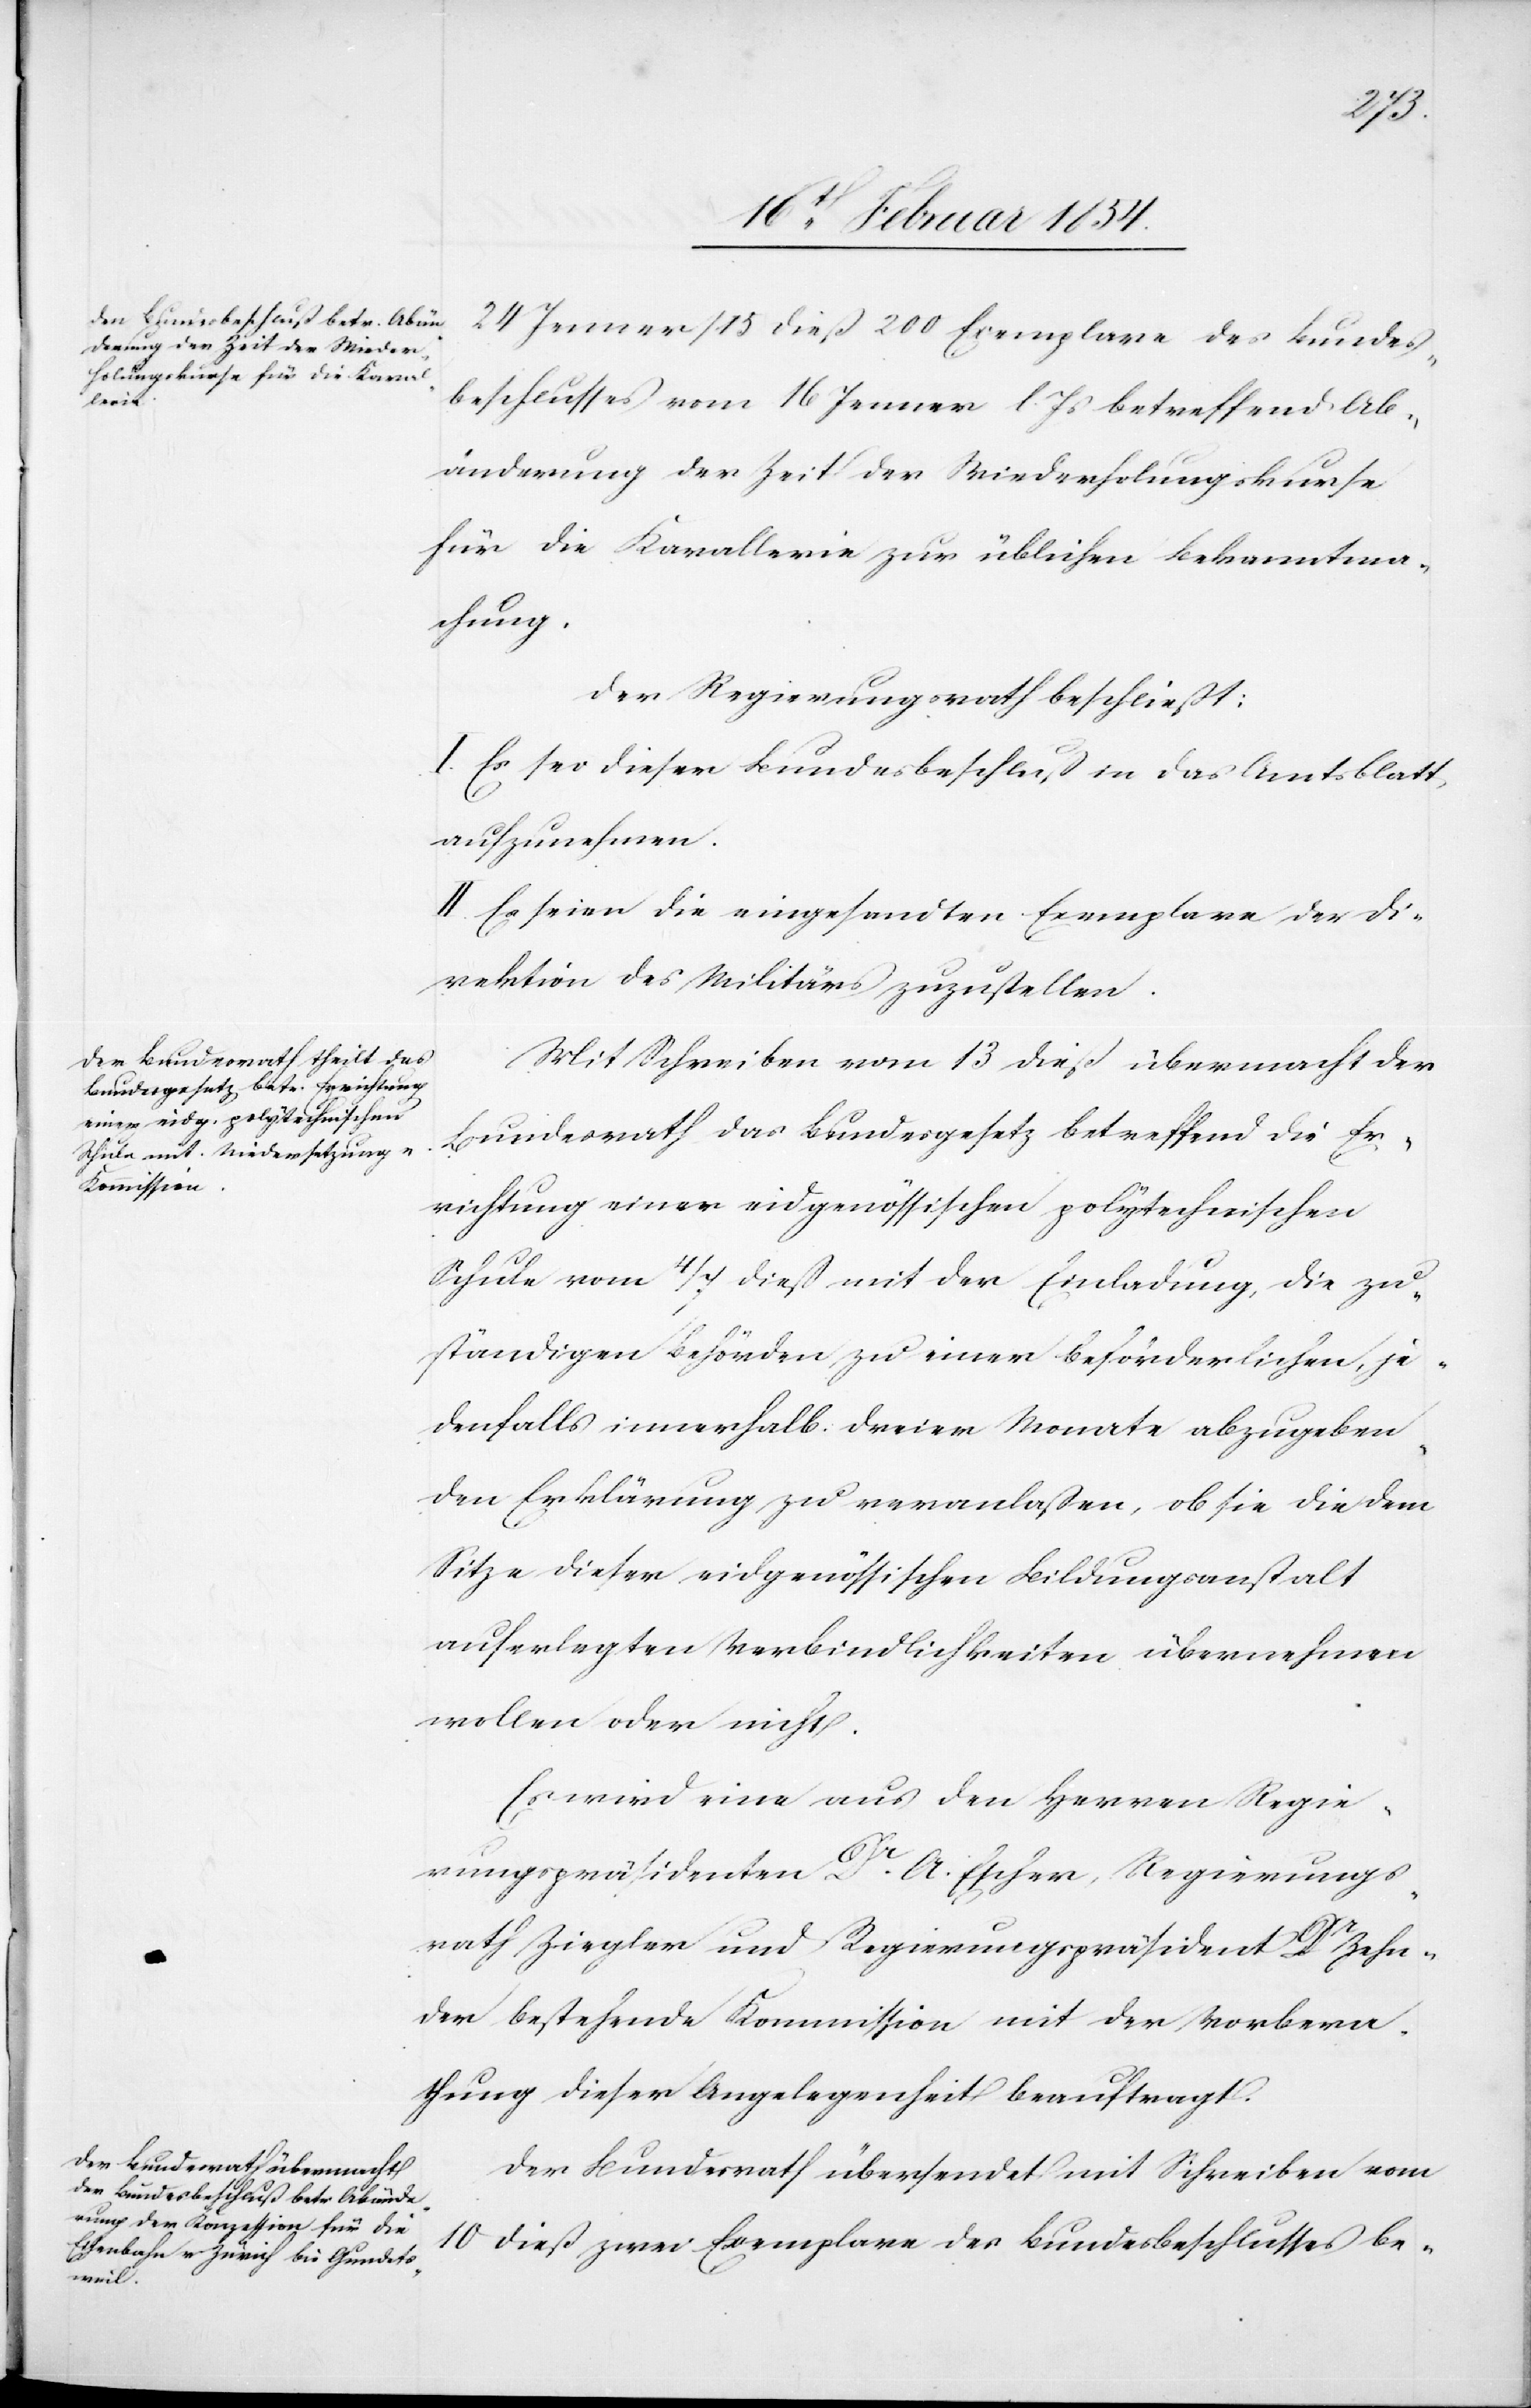
24 Jenner / 15 dieß 200 Exemplare des Bundes¬
beschlusses vom 16 Jenner l. Js betreffend Ab¬
änderung der Zeit der Wiederholungskurse
für die Kavallerie zur üblichen Bekanntma¬
chung.
Der Regierungsrath beschließt:
I. Es sei dieser Bundesbeschluß in das Amtsblatt
aufzunehmen.
II. Es seien die eingesandten Exemplare der Di¬
rektion des Militärs zuzustellen.
Mit Schreiben vom 13 dieß übermacht der
Bundesrath das Bundesgesetz betreffend die Er¬
richtung einer eidgenössischen polytechnischen
Schule vom 4/7 dieß mit der Einladung, die zu¬
ständigen Behörden zu einer beförderlichen, je¬
denfalls innerhalb dreier Monate abzugeben¬
den Erklärung zu veranlaßen, ob sie die dem
Sitze dieser eidgenössischen Bildungsanstalt
auferlegten Verbindlichkeiten übernehmen
wollen oder nicht.
Es wird eine aus den Herren Regie¬
rungspräsidenten Dr A. Escher, Regierungs¬
rath Ziegler und Regierungspräsident Dr Zehn¬
der bestehende Kommission mit der Vorberei¬
thung dieser Angelegenheit beauftragt.
Der Bundesrath übersendet mit Schreiben vom
10 dieß zwei Exemplare des Bundesbeschlusses be-